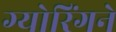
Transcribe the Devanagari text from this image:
ग्योरिंगने